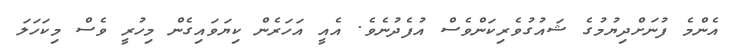
އެންމެ ފުނަށްދިޔުމުގެ ޝައުގުވެރިކަންވެސް އުފެދުނެވެ. އެއީ އަހަރެން ކިޔަވައިގެން މިހުރީ ވެސް މިކަހަލަ